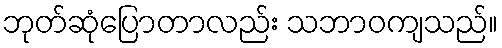
ဘုတ်ဆုံပြောတာလည်း သဘာဝကျသည်။